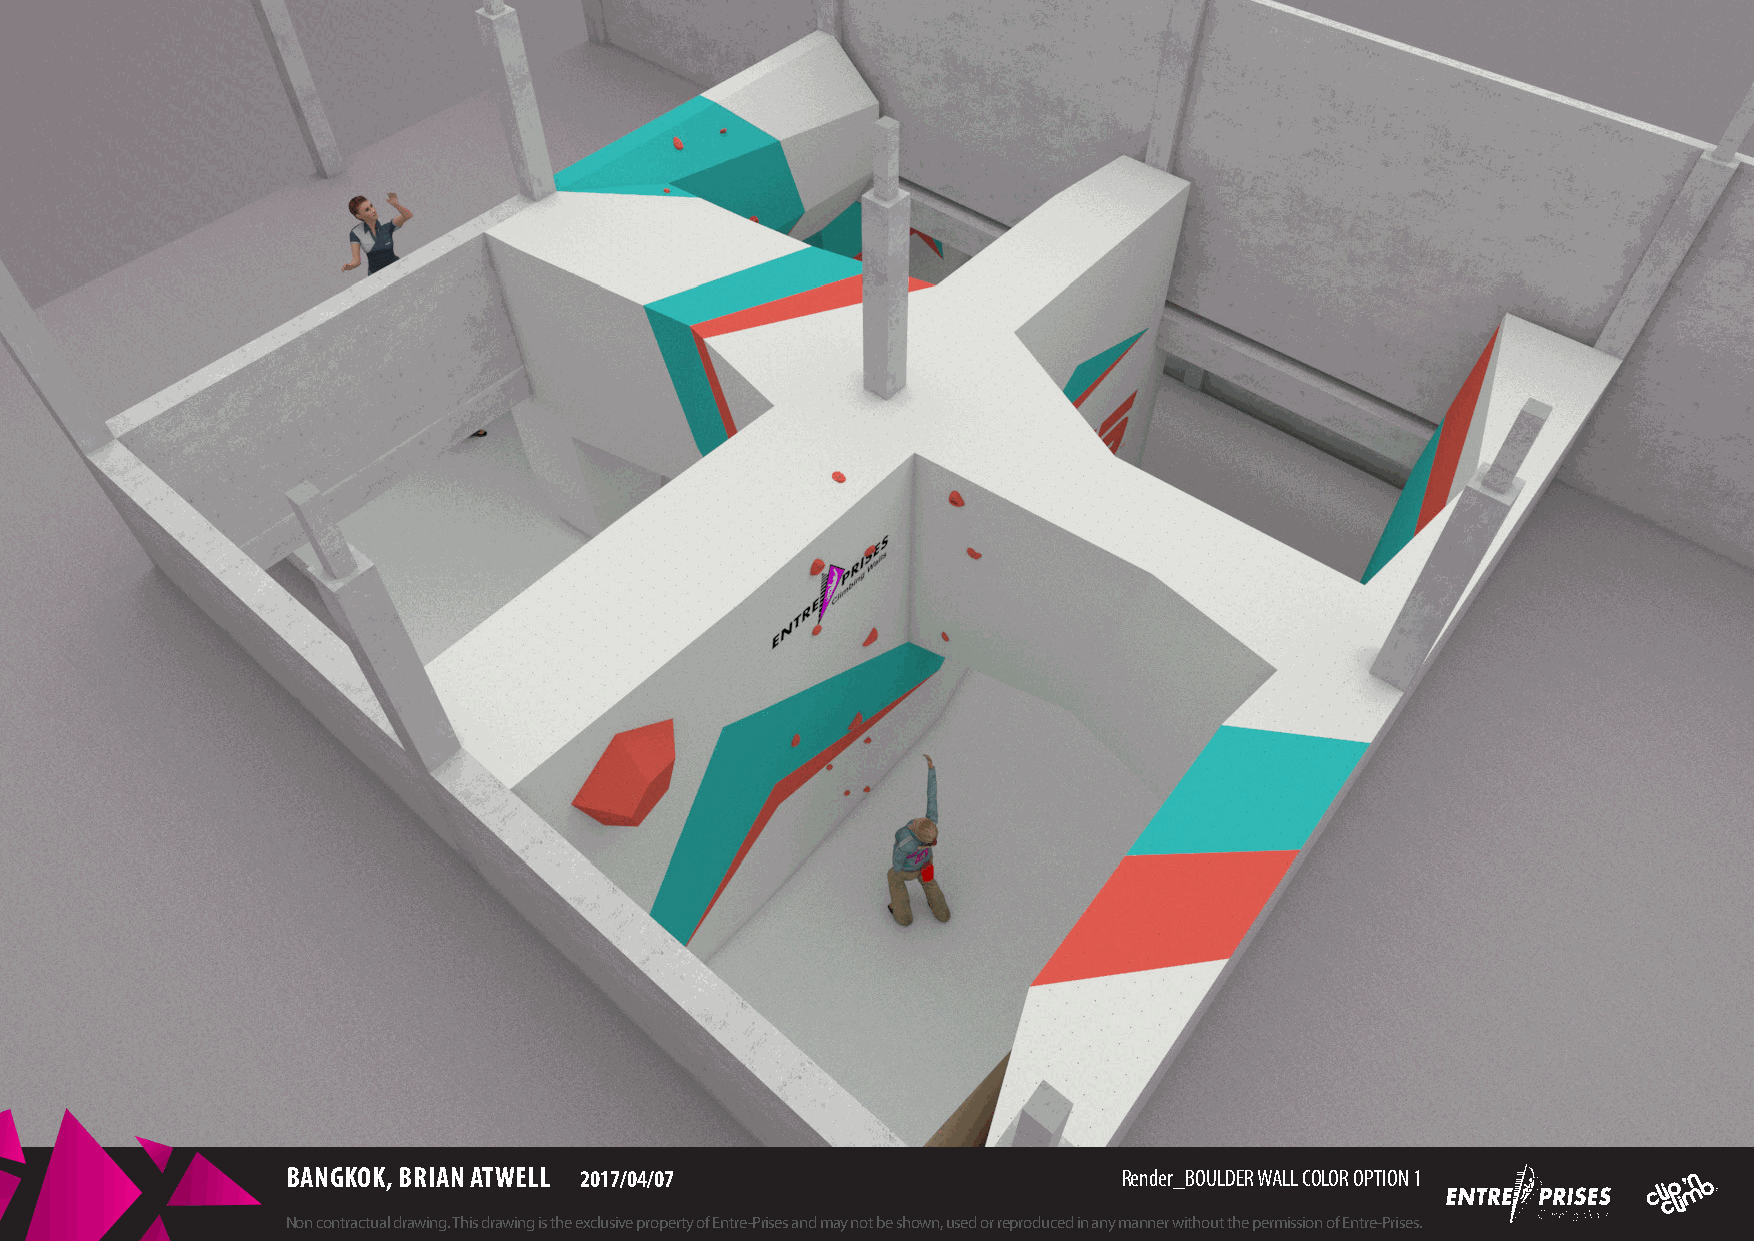
BANGKOK, BRIAN ATWELL 2017/04/07                       Render_BOULDER WALL COLOR OPTION 1
 Non contractual drawing. This drawing is the exclusive property of Entre-Prises and may not be shown, used or reproduced in any manner without the permission of Entre-Prises.